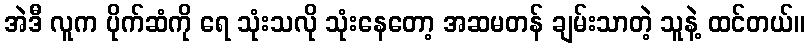
အဲဒီ လူက ပိုက်ဆံကို ရေ သုံးသလို သုံးနေတော့ အဆမတန် ချမ်းသာတဲ့ သူနဲ့ ထင်တယ်။